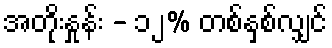
အတိုးနှုန်း - ၁၂% တစ်နှစ်လျှင်